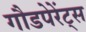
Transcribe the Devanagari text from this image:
गौडपेरेंट्स